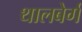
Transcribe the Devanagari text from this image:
थालबेर्ग